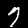
Digit: 7